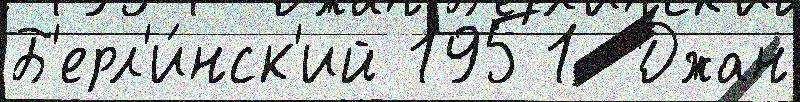
Б'ерл'и́нск'ий 1951  Джан